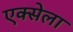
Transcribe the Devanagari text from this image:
एक्सेला